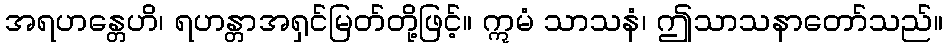
အရဟန္တေဟိ၊ ရဟန္တာအရှင်မြတ်တို့ဖြင့်။ ဣမံ သာသနံ၊ ဤသာသနာတော်သည်။